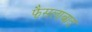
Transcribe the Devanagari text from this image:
फै़सलाबाद